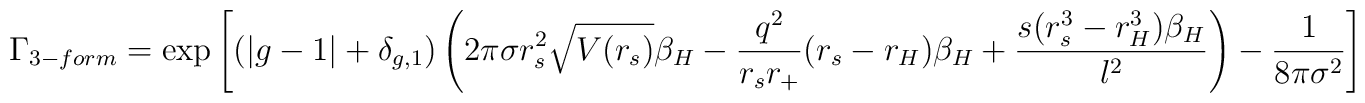
\Gamma_{3-form} = \exp\left[ (|g-1|+\delta_{g,1})\left(2\pi\sigma r_s^2\sqrt{V(r_s)}\beta_H -\frac{q^2}{r_s r_+}(r_s-r_H)\beta_H+ \frac{s(r_s^3-r_H^3)\beta_H}{\l^2}\right)  - \frac{1}{8\pi\sigma^2}\right]